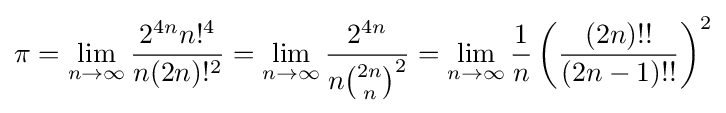
\pi =\lim _{n\to \infty }{\frac {2^{4n}n!^{4}}{n(2n)!^{2}}}=\lim _{n\rightarrow \infty }{\frac {2^{4n}}{n{2n \choose n}^{2}}}=\lim _{n\rightarrow \infty }{\frac {1}{n}}\left({\frac {(2n)!!}{(2n-1)!!}}\right)^{2}